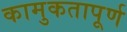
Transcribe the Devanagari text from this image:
कामुकतापूर्ण